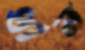
ধান